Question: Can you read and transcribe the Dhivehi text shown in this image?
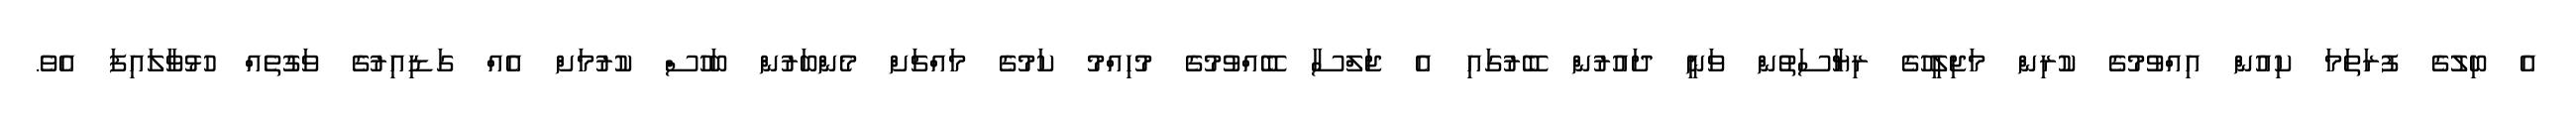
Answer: އެ ބިލުގެ ފުރަތަމަ ކިއުން އިއްވުމުގެ ކުރިން މަޖިލީހުގެ ރިޔާސަތުން ވަނީ ދައުރުން ބޭރުގައި އެ ޖަލްސާ ބޭއްވުމުގެ މުހިއްމު ކަމުގެ މައްޗަށް މެންބަރުން ބަހުސް ކުރުމަށް އެއް ގަޑިއިރުގެ ވަގުތެއް ހުޅުވާލައިފަ އެވެ.